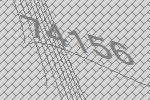
74156